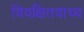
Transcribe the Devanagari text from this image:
विवक्षितवाच्य